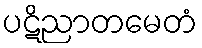
ပဋိညာတမေတံ